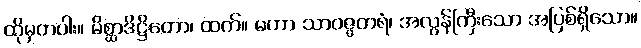
ထိုမှတပါး။ မိစ္ဆာဒိဋ္ဌိတော၊ ထက်။ မဟာ သာဝဇ္ဇတရံ၊ အလွန်ကြီးသော အပြစ်ရှိသော။